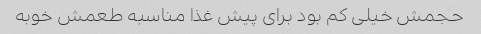
حجمش خیلی کم بود برای پیش غذا مناسبه طعمش خوبه